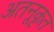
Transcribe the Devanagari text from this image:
अतनूकृत